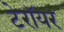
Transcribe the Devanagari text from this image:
टेरॉयर